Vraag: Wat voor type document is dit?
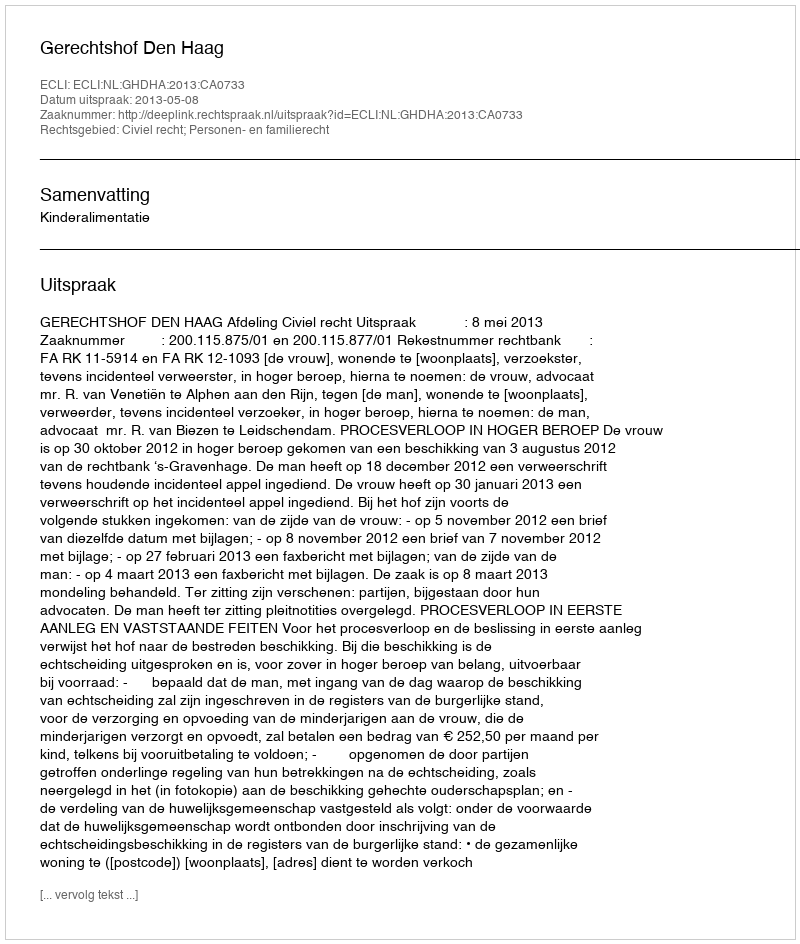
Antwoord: Uitspraak